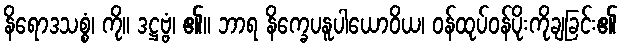
နိရောဒသစ္စံ၊ ကို။ ဒဋ္ဌဗ္ဗံ၊ ၏။ ဘာရ နိက္ခေပနူပါယောဝိယ၊ ဝန်ထုပ်ဝန်ပိုးကိုချခြင်း၏